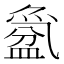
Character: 𱲕